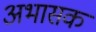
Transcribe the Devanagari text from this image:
अभासक